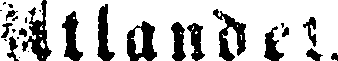
Utlandet.